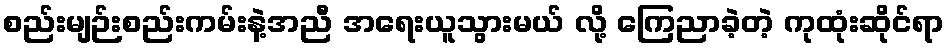
စည်းမျဉ်းစည်းကမ်းနဲ့အညီ အရေးယူသွားမယ် လို့ ကြေညာခဲ့တဲ့ ကုထုံးဆိုင်ရာ